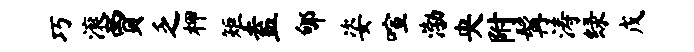
巧滚贾乏柙矩盍郇姿喧渤央附髯涛绿戊